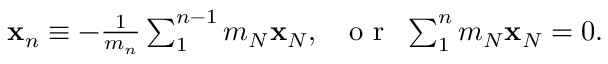
\begin{array} { r } { { \bf x } _ { n } \equiv - \frac { 1 } { m _ { n } } \sum _ { 1 } ^ { n - 1 } m _ { N } { \bf x } _ { N } , ~ ~ \mathrm { ~ o ~ r ~ } ~ \sum _ { 1 } ^ { n } m _ { N } { \bf x } _ { N } = 0 . } \end{array}